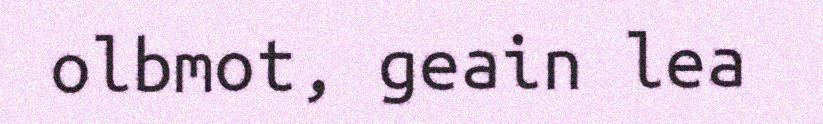
olbmot, geain lea